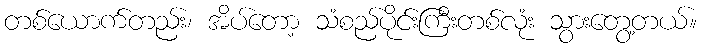
တစ်ယောက်တည်း၊ အိပ်တော့ သံစည်ပိုင်းကြီးတစ်လုံး သွားတွေ့တယ်။